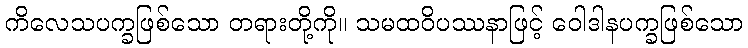
ကိလေသပက္ခဖြစ်သော တရားတို့ကို။ သမထဝိပဿနာဖြင့် ဝေါဒါနပက္ခဖြစ်သော